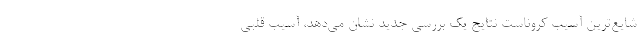
شایع‌ترین آسیب کروناست نتایج یک بررسی جدید نشان می‌دهد، آسیب قلبی